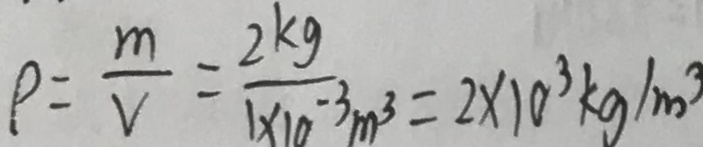
\rho = \frac { m } { v } = \frac { 2 k g } { 1 \times 1 0 ^ { - 3 } m ^ { 3 } } = 2 \times 1 0 ^ { 3 } k g / m ^ { 3 }